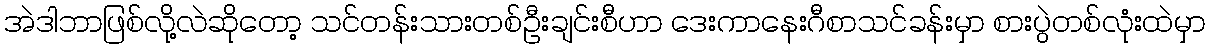
အဲဒါဘာဖြစ်လို့လဲဆိုတော့ သင်တန်းသားတစ်ဦးချင်းစီဟာ ဒေးကာနေးဂီစာသင်ခန်းမှာ စားပွဲတစ်လုံးထဲမှာ